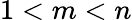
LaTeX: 1<m<n